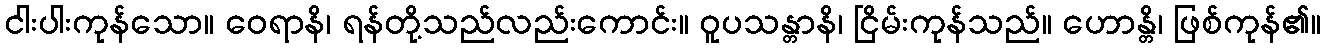
ငါးပါးကုန်သော။ ဝေရာနိ၊ ရန်တို့သည်လည်းကောင်း။ ဝူပသန္တာနိ၊ ငြိမ်းကုန်သည်။ ဟောန္တိ၊ ဖြစ်ကုန်၏။